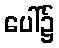
ပေါ်၌